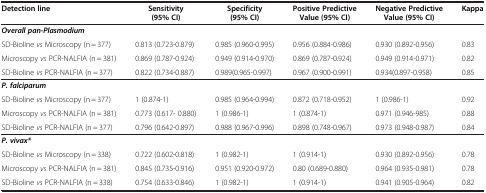
<table><thead><tr><td><b>Detection line</b></td><td><b>Sensitivity (95% CI)</b></td><td><b>Specificity (95% CI)</b></td><td><b>Positive Predictive Value (95% CI)</b></td><td><b>Negative Predictive Value (95% CI)</b></td><td><b>Kappa</b></td></tr></thead><tbody><tr><td colspan="6"><b><i>Overall pan-Plasmodium</i></b></td></tr><tr><td>SD-Bioline <i>vs</i> Microscopy (n = 377)</td><td>0.813 (0.723-0.879)</td><td>0.985 (0.960-0.995)</td><td>0.956 (0.884-0.986)</td><td>0.930 (0.892-0.956)</td><td>0.83</td></tr><tr><td>Microscopy <i>vs</i> PCR-NALFIA (n = 381)</td><td>0.869 (0.787-0.924)</td><td>0.949 (0.914-0.970)</td><td>0.869 (0.787-0.924)</td><td>0.949 (0.914-0.971)</td><td>0.82</td></tr><tr><td>SD-Bioline <i>vs</i> PCR-NALFIA (n = 377)</td><td>0.822 (0.734-0.887)</td><td>0.989(0.965-0.997)</td><td>0.967 (0.900-0.991)</td><td>0.934(0.897-0.958)</td><td>0.85</td></tr><tr><td colspan="6"><b><i>P. falciparum</i></b></td></tr><tr><td>SD-Bioline <i>vs</i> Microscopy (n = 377)</td><td>1 (0.874-1)</td><td>0.985 (0.964-0.994)</td><td>0.872 (0.718-0.952)</td><td>1 (0.986-1)</td><td>0.92</td></tr><tr><td>Microscopy <i>vs</i> PCR-NALFIA (n = 381)</td><td>0.773 (0.617- 0.880)</td><td>1 (0.986-1)</td><td>1 (0.874-1)</td><td>0.971 (0.946-985)</td><td>0.88</td></tr><tr><td>SD-Bioline <i>vs</i> PCR-NALFIA (n = 377)</td><td>0.796 (0.642-0.897)</td><td>0.988 (0.967-0.996)</td><td>0.898 (0.748-0.967)</td><td>0.973 (0.948-0.987)</td><td>0.84</td></tr><tr><td colspan="6"><b><i>P. vivax*</i></b></td></tr><tr><td>SD-Bioline <i>vs</i> Microscopy (n = 338)</td><td>0.722 (0.602-0.818)</td><td>1 (0.982-1)</td><td>1 (0.914-1)</td><td>0.930 (0.892-0.956)</td><td>0.78</td></tr><tr><td>Microscopy <i>vs</i> PCR-NALFIA (n = 381)</td><td>0.845 (0.735-0.916)</td><td>0.951 (0.920-0.972)</td><td>0.80 (0.689-0.880)</td><td>0.964 (0.935-0.981)</td><td>0.78</td></tr><tr><td>SD-Bioline <i>vs</i> PCR-NALFIA (n = 338)</td><td>0.754 (0.633-0.846)</td><td>1 (0.982-1)</td><td>1 (0.914-1)</td><td>0.941 (0.905-0.964)</td><td>0.82</td></tr></tbody></table>